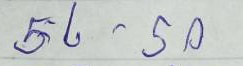
56 - 50